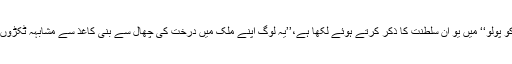
مارکو پولو نے بھی اپنی کتاب ’’دی ٹریولز آف مارکو پولو‘‘ میں یو آن سلطنت کا ذکر کرتے ہوئے لکھا ہے،’’یہ لوگ اپنے ملک میں درخت کی چھال سے بنی کاغذ سے مشابہہ ٹکڑوں کو لین دین کے لیے بطور پیسہ استعمال کرتے ہیں۔